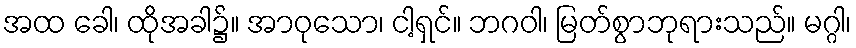
အထ ခေါ၊ ထိုအခါ၌။ အာဝုသော၊ ငါ့ရှင်။ ဘဂဝါ၊ မြတ်စွာဘုရားသည်။ မဂ္ဂါ၊